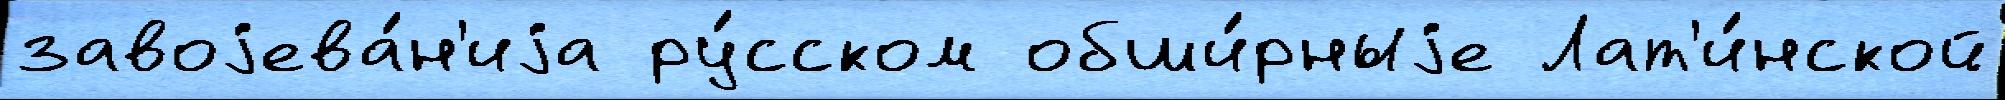
завоjева́н'иjа ру́сском обши́рныjе Лат'и́нской